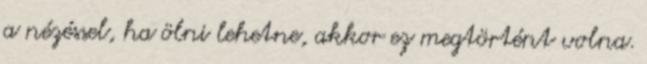
a nézéssel, ha ölni lehetne, akkor ez megtörtént volna.